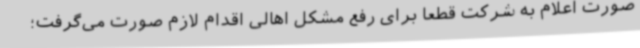
صورت اعلام به شرکت قطعا برای رفع مشکل اهالی اقدام لازم صورت می‌گرفت؛